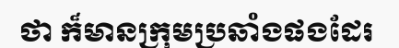
ថា ក៏មានក្រុមប្រឆាំងផងដែរ